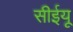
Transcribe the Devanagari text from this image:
सीईयू